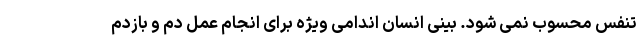
تنفس محسوب نمی شود. بینی انسان اندامی ویژه برای انجام عمل دم و بازدم